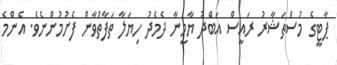
ޕާޓީގެ މުސްތަޝާރު ރައީސް އަބްދު ޔާމީނާ ދެމެދު ހިޔަލާ ތަފާތުވާން ފެށުމުންނެވެ. އެންމެ